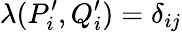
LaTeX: \lambda(P_{i}^{\prime},Q_{i}^{\prime})=\delta_{ij}